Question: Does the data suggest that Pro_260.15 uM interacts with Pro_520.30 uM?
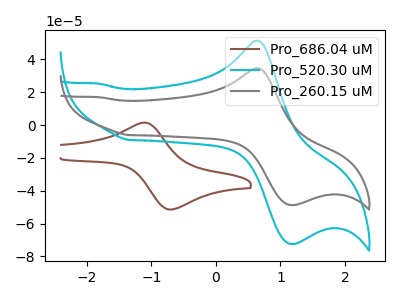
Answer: <think>The brown curve "Pro_686.04 uM" has an anodic peak at (-1.10V, 1.50uA) and a cathodic peak at (-0.75V, -51.35uA). The cyan curve "Pro_520.30 uM" has an anodic peak at (0.65V, 51.35uA) and a cathodic peak at (1.20V, -72.40uA). The gray curve "Pro_260.15 uM" has an anodic peak at (0.65V, 34.55uA) and a cathodic peak at (1.20V, -48.70uA).
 All the peaks in "Pro_260.15 uM" have a peak in "Pro_520.30 uM" at the same potential. Every peak in "Pro_260.15 uM" is lower than every peak in "Pro_520.30 uM".</think>
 <answer>No, "Pro_260.15 uM" and "Pro_520.30 uM" don't appear to be significantly different in shape</answer>
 <eval>no_change</eval>